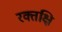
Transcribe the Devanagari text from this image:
रक्तक्षि